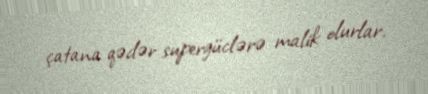
çatana qədər supergüclərə malik olurlar.